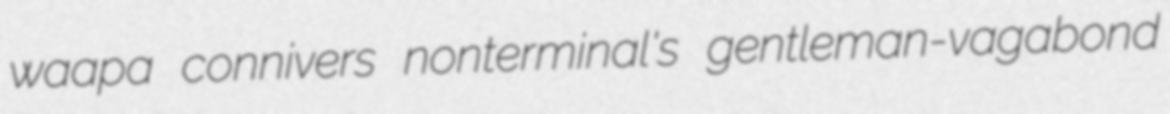
waapa connivers nonterminal's gentleman-vagabond